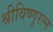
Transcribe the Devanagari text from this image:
श्रीविष्णुरत्न